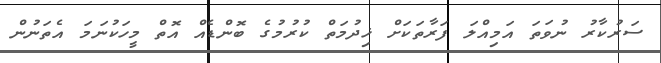
ސަރުކާރު ނުވަތަ އަމިއްލަ ފަރާތަކަށް ޚިދުމަތް ކުރުމުގެ ބޮންޑެއް އޮތް މީހަކުނަމަ އެތަނުން